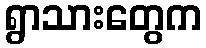
ရွာသားတွေက